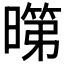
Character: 𭧞